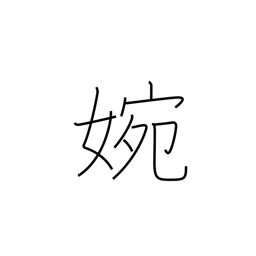
Meaning: graceful